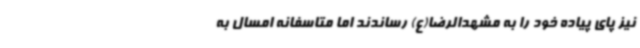
نیز پای پیاده خود را به مشهدالرضا(ع) رساندند اما متاسفانه امسال به